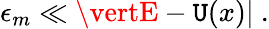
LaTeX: \epsilon_{m}\ll\vertE-\mathtt{U}(x)\vert\ .